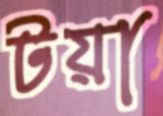
টয়া